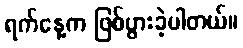
ရက်နေ့က ဖြစ်ပွားခဲ့ပါတယ်။